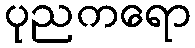
ပုညကရော